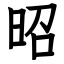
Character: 昭